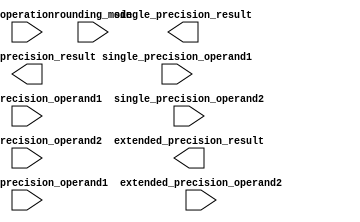
module mixed_precision_float_unit (
    input wire [31:0] single_precision_operand1,
    input wire [63:0] double_precision_operand1,
    input wire [79:0] extended_precision_operand1,
    
    input wire [31:0] single_precision_operand2,
    input wire [63:0] double_precision_operand2,
    input wire [79:0] extended_precision_operand2,
    
    input wire operation,
    input wire [2:0] rounding_mode,
    
    output wire [31:0] single_precision_result,
    output wire [63:0] double_precision_result,
    output wire [79:0] extended_precision_result
);

// Arithmetic blocks implementation goes here

endmodule